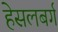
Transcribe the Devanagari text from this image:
हेसलबर्ग